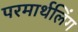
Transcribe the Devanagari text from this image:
परमार्थलिंग